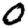
Digit: 0